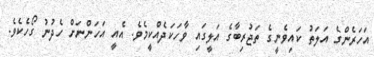
އަހަރެންގެ އަލަތު ކައިވެނީގެ ތަޖުރިބާގެ އަލީގައި ވާހަކަދެއްކީމެވެ. އެއީ އަހަންނަށް ހެދުނު ގޯހެކެވެ.